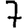
Digit: 7